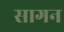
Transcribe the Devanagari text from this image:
सागन